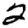
Digit: 2